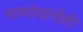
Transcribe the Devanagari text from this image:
नामदेवांनीही